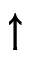
\uparrow